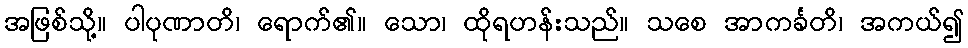
အဖြစ်သို့။ ပါပုဏာတိ၊ ရောက်၏။ သော၊ ထိုရဟန်းသည်။ သစေ အာကင်္ခတိ၊ အကယ်၍